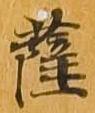
薩